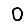
Digit: 0